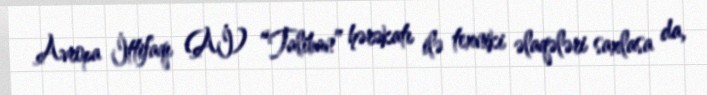
Avropa İttifaqı (Aİ) “Taliban” hərəkatı ilə texniki əlaqələri saxlasa da,